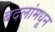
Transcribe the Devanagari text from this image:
बदलांमधून